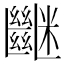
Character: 𥽠